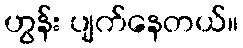
ဟွန်း ပျက်နေတယ်။